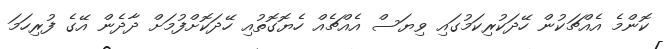
ކޮންމެ އެއްޗަކުން ހޭދަކުރިކަމުގައި ވިޔަސް އެއްޗެއް ހެޔޮގޮތުއި ހޭދަކޮށްފުމަށް ދާދެން އޭގެ ފުރިހަމަ